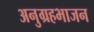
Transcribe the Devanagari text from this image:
अनुग्रहभाजन